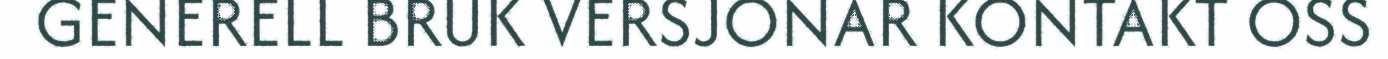
GENERELL BRUK VERSJONAR KONTAKT OSS